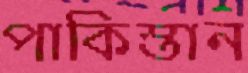
পাকিস্তান